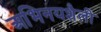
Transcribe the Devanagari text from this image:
अभिनयशैली